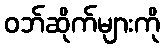
ဝဘ်ဆိုက်များကို